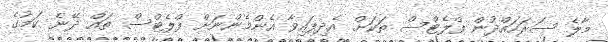
މާލެ ސަރަހައްދުން ފްލެޓްސް ތަަކަށް އެދިފައިވާ އެންމެންނަށް ފްލެޓްސް ތައް ދޭނެ ކަމުގެ